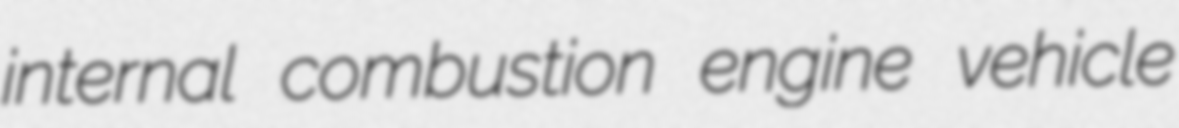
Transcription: internal combustion engine vehicle